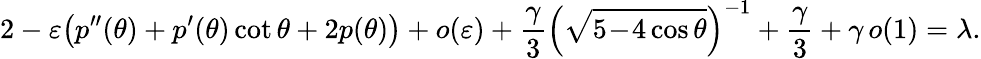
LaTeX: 2-\varepsilon\big(p^{\prime\prime}(\theta)+p^{\prime}(\theta)\cot\theta+2p(\theta)\big)+o(\varepsilon)+\frac\gamma 3\Big(\sqrt{5\! -\! 4\cos\theta}\Big)^{-1}+\frac\gamma 3+\gamma\, o(1)=\lambda.